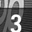
Digit: 3